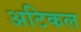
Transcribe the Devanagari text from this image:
अटिकल